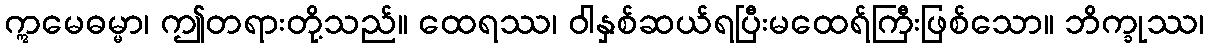
ဣမေဓမ္မာ၊ ဤတရားတို့သည်။ ထေရဿ၊ ဝါနှစ်ဆယ်ရပြီးမထေရ်ကြီးဖြစ်သော။ ဘိက္ခုဿ၊